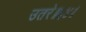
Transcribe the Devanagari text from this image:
उतरे॥६४॥